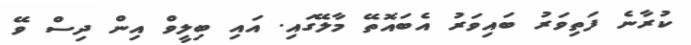
ކުރާނެ ފަތިވަރު ބައިވަރު އެބައޮތޭ މާލޭގައި. އައި ބިލީވް އިން ދިސް ވޭ